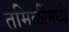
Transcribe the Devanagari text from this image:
तमिळींमध्ये